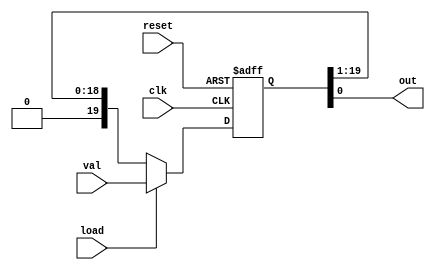
`timescale 1ns / 1ps

module shifter( clk,
                reset,
                load,
                val,
                out
              );

input        clk;
input        reset;
input        load;
input [19:0] val;
output       out;

wire  [19:0] shiftregIn;
reg   [19:0] shiftreg;

assign out        = shiftreg[0];
assign shiftregIn = (load)? val : { 1'b0, shiftreg[19:1]};

always @ (posedge clk or posedge reset) 
 begin
   if( reset )
     shiftreg <= 20'd0;
   else 
     shiftreg <= shiftregIn;
 end

endmodule